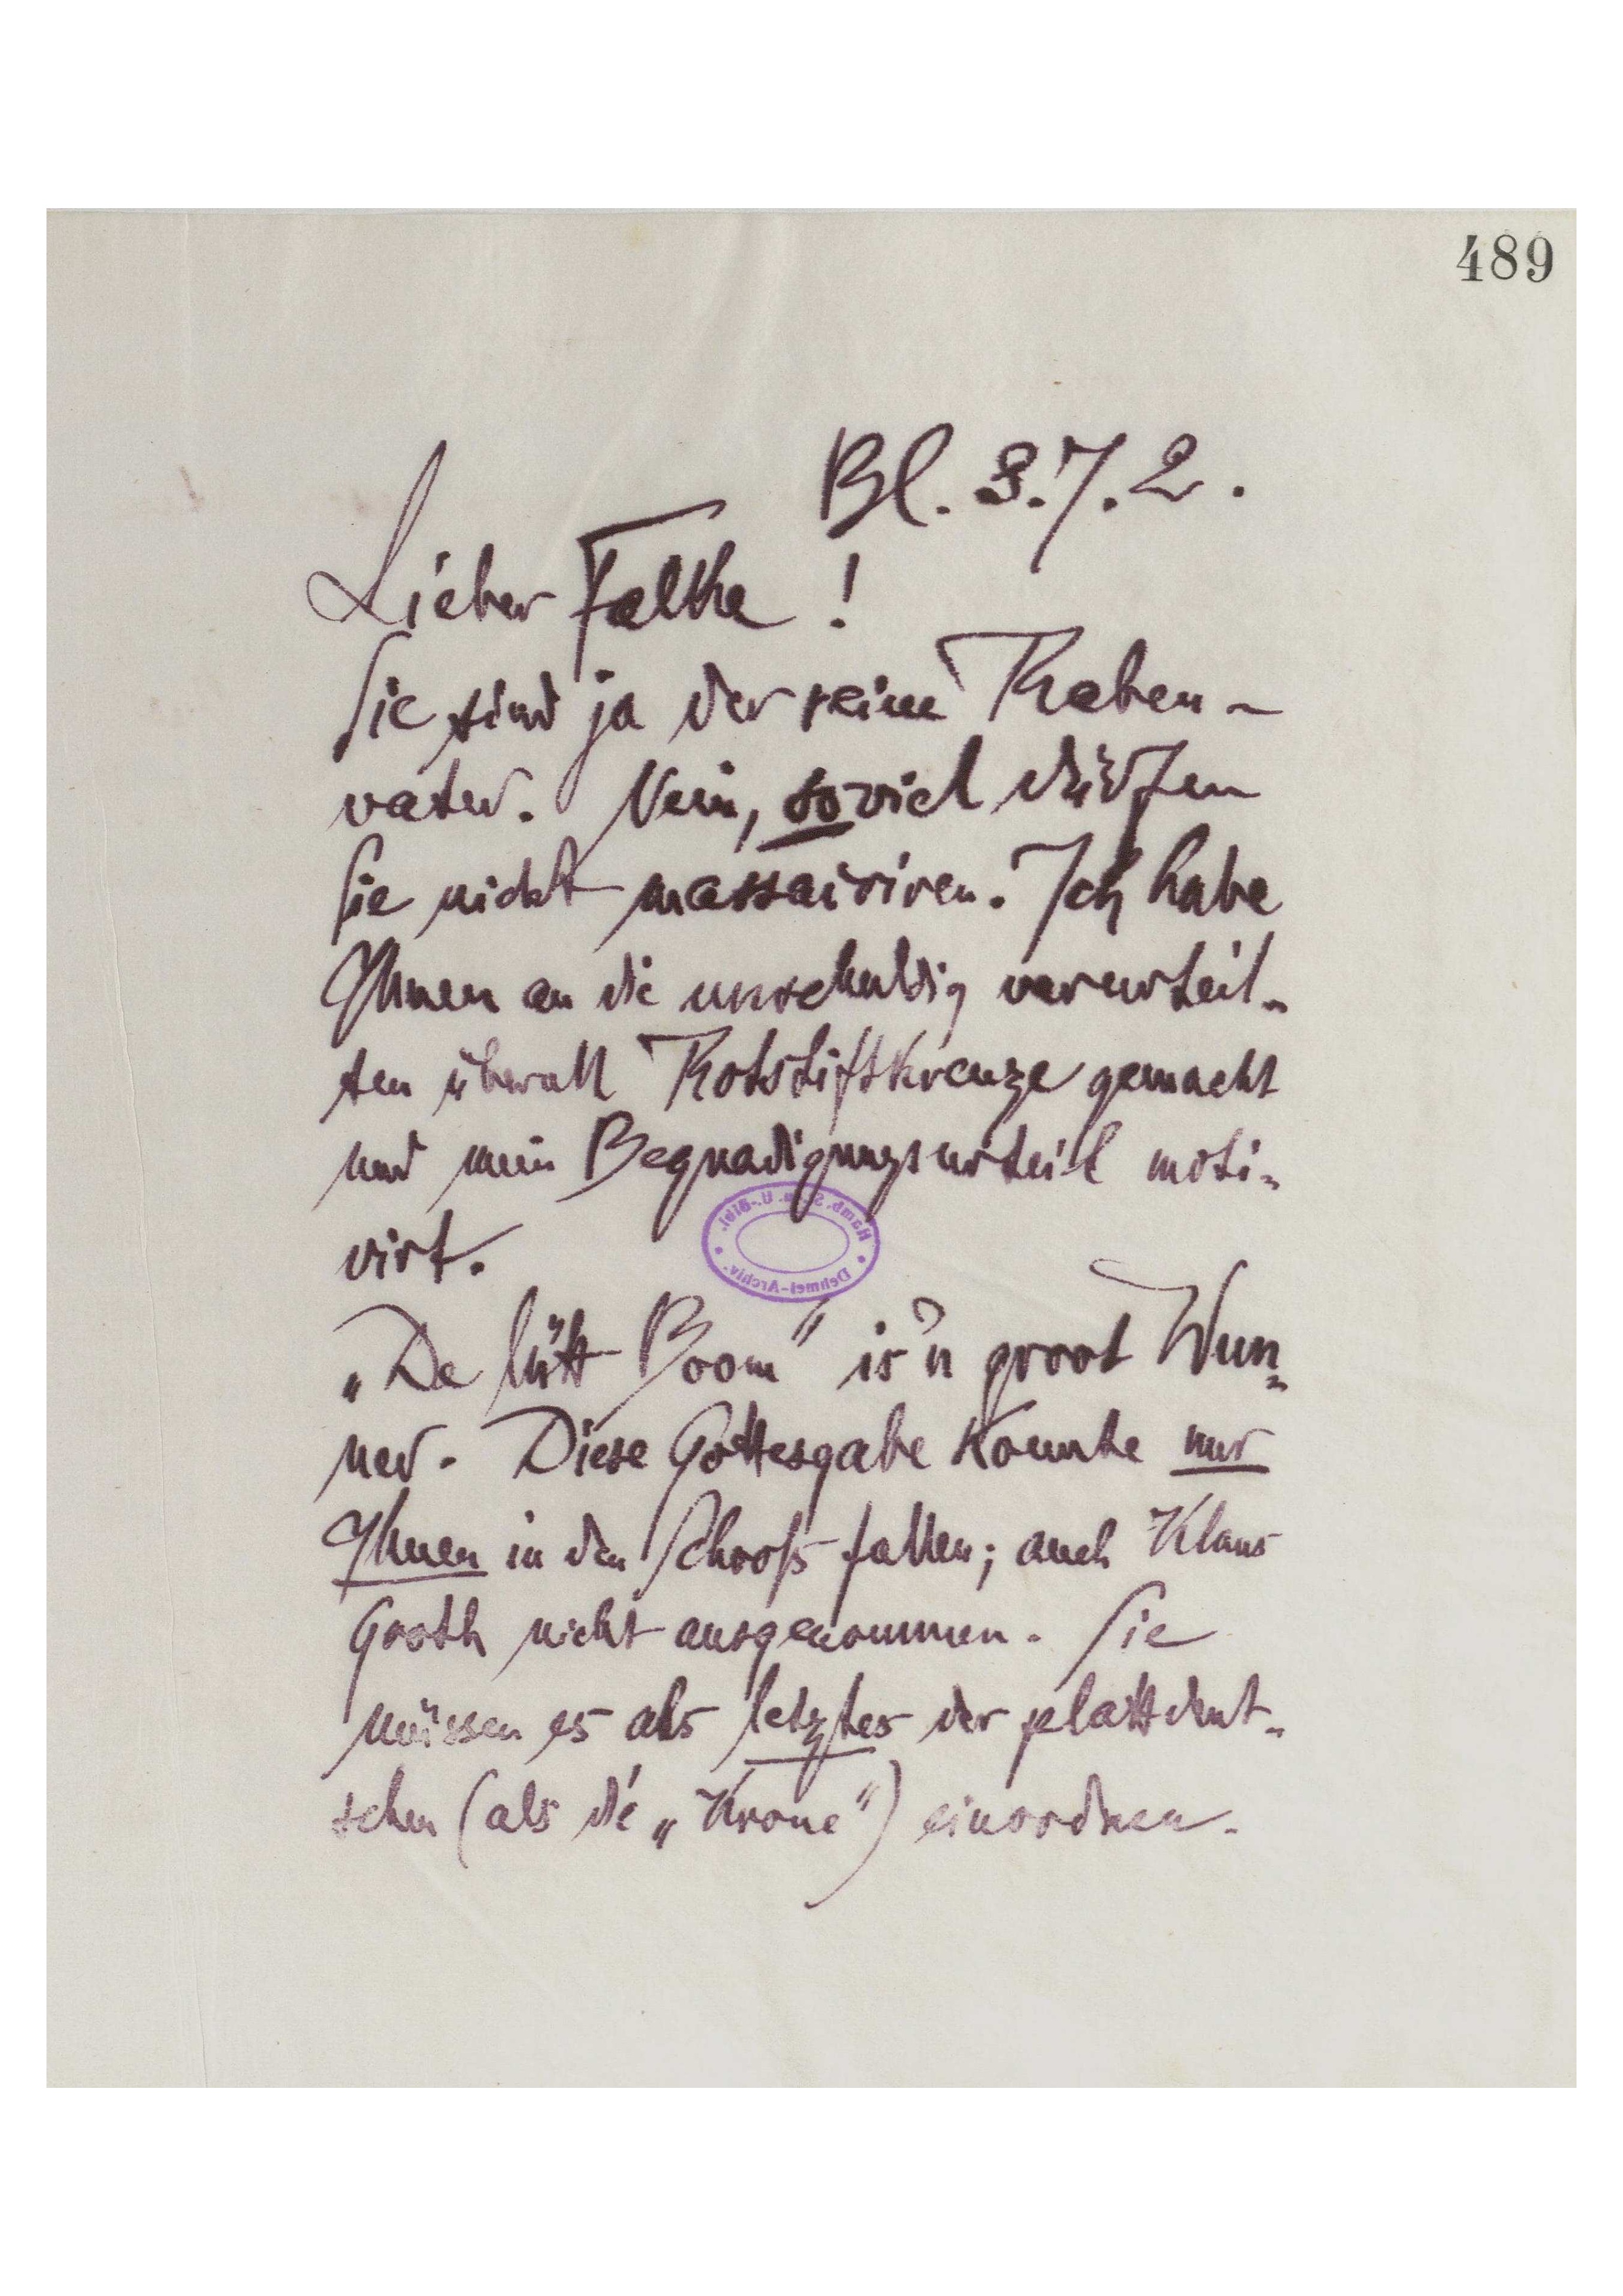
Bl. 3.7.2.
Lieber Falke!

Sie sind ja der reine Raben-
vater. Nein, soviel dürfen

Sie nicht massairiren. Ich habe
Ihnen an die unschuldig verurteil
ten überall Rotstiftkreuze gemacht
und mein Begnadigungsurteil moti
virt.
"De lütt Boom" is'n groot Wun-
ner. Diese Gottesgabe konnte nur
Ihnen in den Schooß fallen; auch Klaus
müssen es als letztes der plattdeut-
schen (als die "Krone") einordnen.